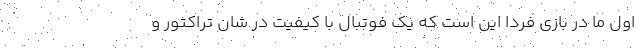
اول ما در بازی فردا این است که یک فوتبال با کیفیت در شان تراکتور و